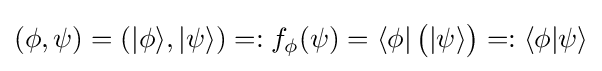
(\phi ,\psi )=(|\phi \rangle ,|\psi \rangle )=:f_{\phi }(\psi )=\langle \phi |\,{\bigl (}|\psi \rangle {\bigr )}=:\langle \phi {\mid }\psi \rangle